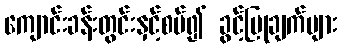
ကျောင်းခန်းတွင်းနှင့်စပ်၍ ခွင့်ပြုချက်များ